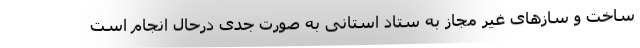
ساخت و سازهای غیر مجاز به ستاد استانی به صورت جدی درحال انجام است